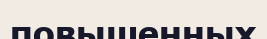
повышенных